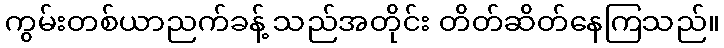
ကွမ်းတစ်ယာညက်ခန့် သည်အတိုင်း တိတ်ဆိတ်နေကြသည်။